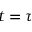
t = \tau